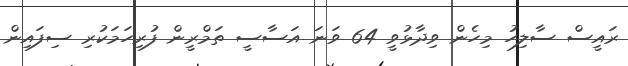
ރައީސް ސާލިހު މިހެން ވިދާޅުވީ 64 ވަނަ އަސާސީ ތަމްރީން ފުރިހަމަކުރި ސިފައިން